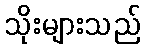
သိုးများသည်